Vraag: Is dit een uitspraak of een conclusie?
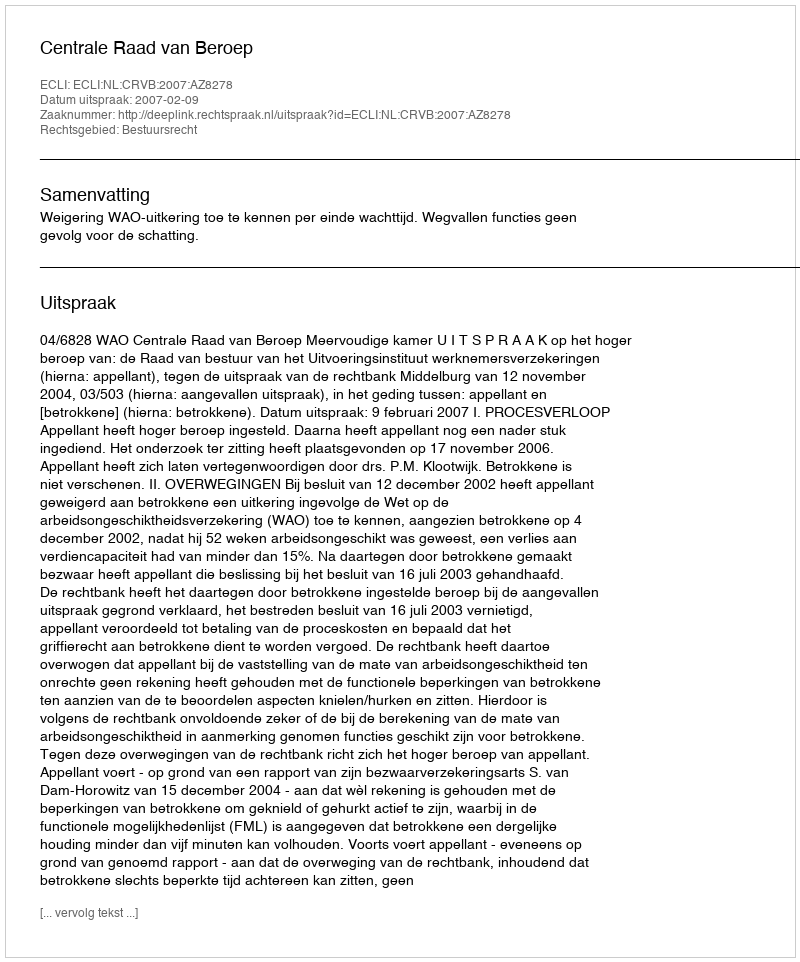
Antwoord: Uitspraak